65_HS1-834228961_62-HQ-83894_Section_5
Agency: FBI
Page 199
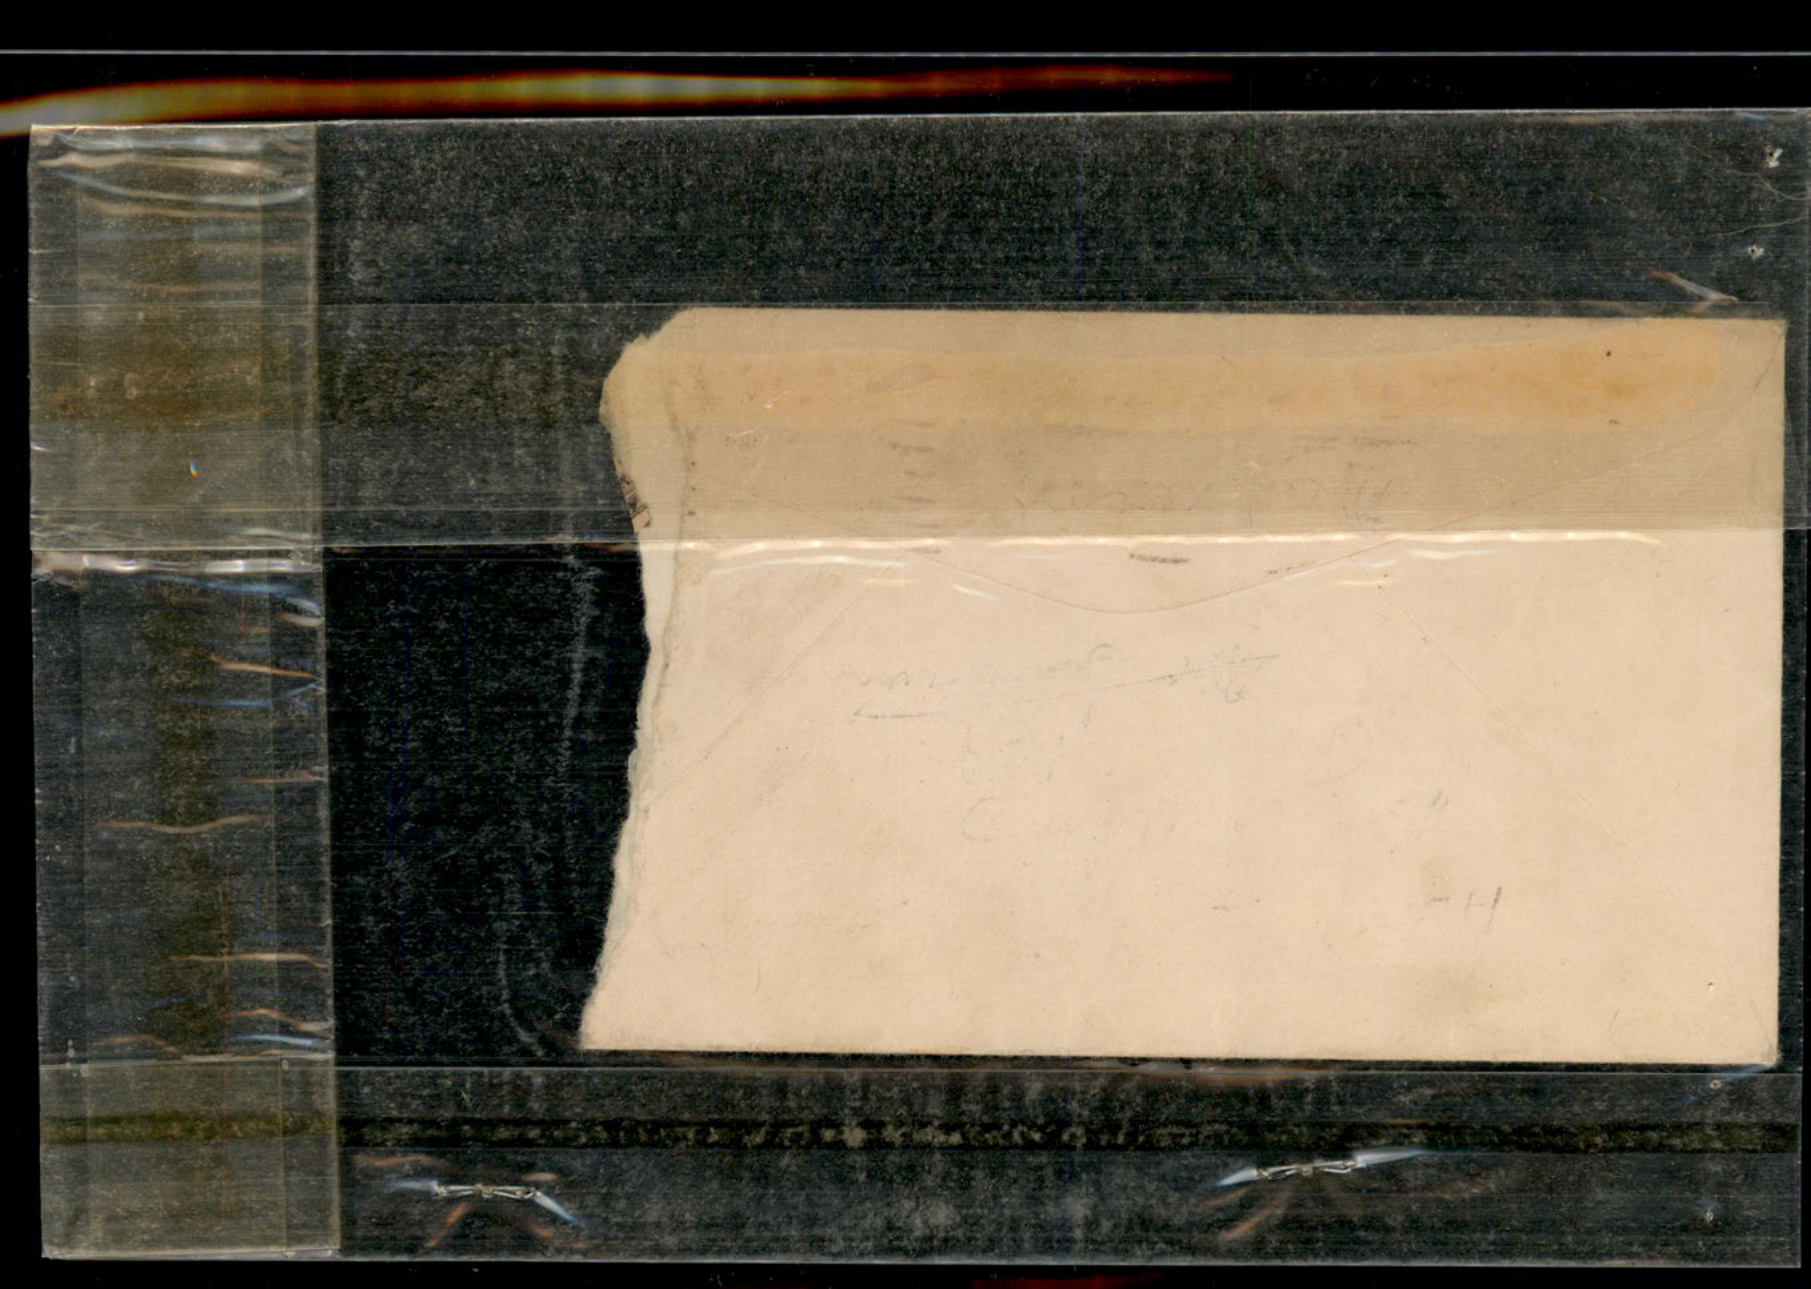